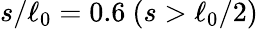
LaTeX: s/\ell_{0}=0.6\ (s>\ell_{0}/2)